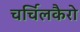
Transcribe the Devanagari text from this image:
चर्चिलकैरो